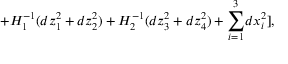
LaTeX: + H _ { 1 } ^ { - 1 } ( d z _ { 1 } ^ { 2 } + d z _ { 2 } ^ { 2 } ) + H _ { 2 } ^ { - 1 } ( d z _ { 3 } ^ { 2 } + d z _ { 4 } ^ { 2 } ) + { \sum _ { i = 1 } ^ { 3 } } d x _ { i } ^ { 2 } ] ,